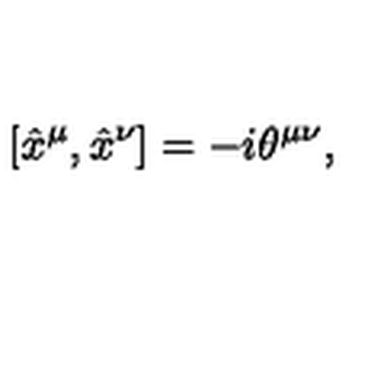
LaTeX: [ \hat { x } ^ { \mu } , \hat { x } ^ { \nu } ] = - i \theta ^ { \mu \nu } ,